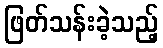
ဖြတ်သန်းခဲ့သည့်